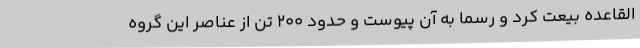
القاعده بیعت کرد و رسما به آن پیوست و حدود 200 تن از عناصر این گروه